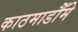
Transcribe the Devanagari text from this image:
काठमाडौँमे